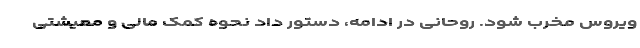
ویروس مخرب شود. روحانی در ادامه، دستور داد نحوه کمک مالی و معیشتی